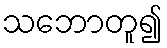
သဘောတူ၍